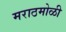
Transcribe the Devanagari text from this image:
मराठमोळी